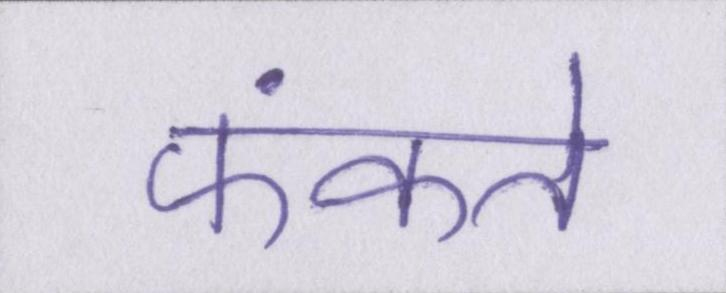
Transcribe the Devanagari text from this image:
फेंकते